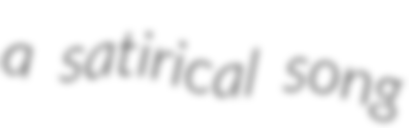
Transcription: a satirical song